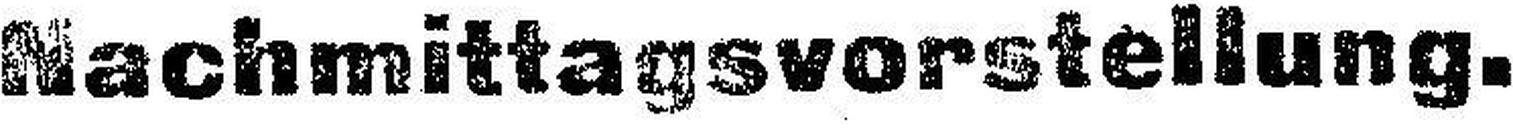
Nachmittagsvorstellung.